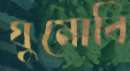
ঘুমোবি